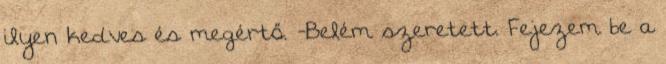
ilyen kedves és megértő. -Belém szeretett. Fejezem be a